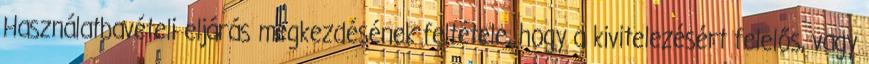
Használatbavételi eljárás megkezdésének feltétele, hogy a kivitelezésért felelős, vagy